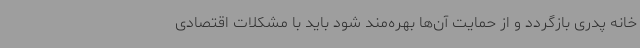
خانه پدری بازگردد و از حمایت آن‌ها بهره‌مند شود باید با مشکلات اقتصادی